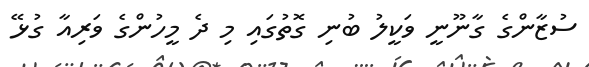
ސުޒާންގެ ގާނޫނީ ވަކީލު ބުނި ގޮތުގައި މި ދެ މީހުންގެ ވަރިއާ ގުޅޭ